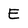
Character: E